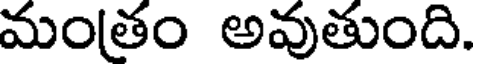
మంతం అవుతుంది.